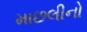
માછલીનો